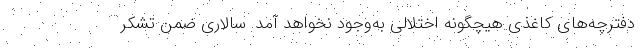
دفترچه‌های کاغذی هیچگونه اختلالی به‌وجود نخواهد آمد. سالاری ضمن تشکر